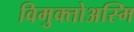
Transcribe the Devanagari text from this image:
विमुक्तोअस्मि